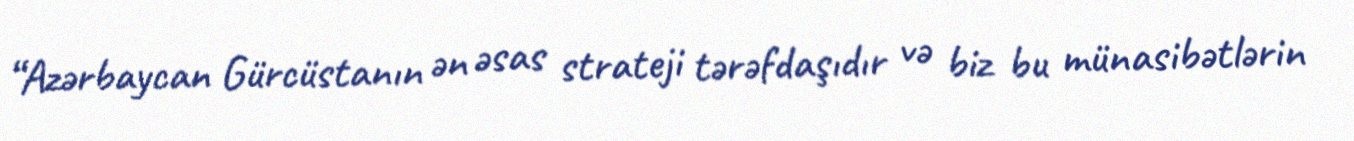
“Azərbaycan Gürcüstanın ən əsas strateji tərəfdaşıdır və biz bu münasibətlərin